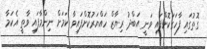
ގޮތުގައި ފާހަގަކޮށްފައި ވަނީ އަބްދު ރިޔާޒް ހައްޔަރުކޮށްފައިވާ ކަމަށް ނިންމާފައި ވާތީ އެކަމާ